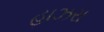
હાઝરા